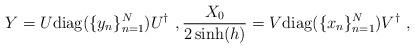
LaTeX: \begin{align*}Y=U\mathrm{diag}(\{y_n\}_{n=1}^N)U^{\dagger}\ , \frac{X_0}{2\sinh(h)}=V\mathrm{diag}(\{x_n\}_{n=1}^N)V^{\dagger}\ ,\end{align*}